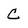
Character: C